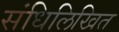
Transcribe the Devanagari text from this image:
संधिलिखित